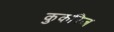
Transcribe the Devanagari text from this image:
कुकरिज